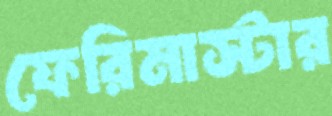
ফেরিমাস্টার